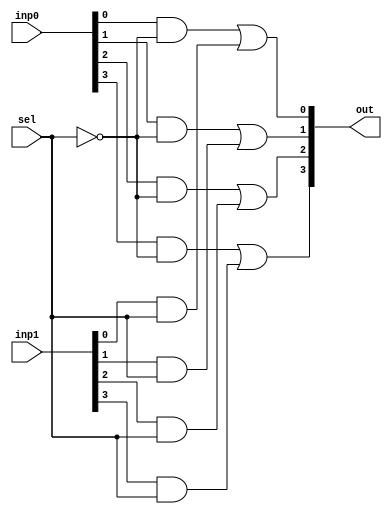
module Mux2x1_4bit (inp0, inp1, out, sel);
input [3:0] inp0;
input [3:0] inp1;
input sel;
output [3:0] out;

	wire selNot;
	not selNotGate (selNot, sel);

	wire [1:0] i;
	and andi0 (i[0], inp0[0], selNot);
	and andi1 (i[1], inp1[0], sel);
	or orOut0 (out[0], i[0], i[1]);

	wire [1:0] j;
	and andj0 (j[0], inp0[1], selNot);
	and andj1 (j[1], inp1[1], sel);
	or orOut1 (out[1], j[0], j[1]);

	wire [1:0] k;
	and andk0 (k[0], inp0[2], selNot);
	and andk1 (k[1], inp1[2], sel);
	or orOut2 (out[2], k[0], k[1]);

	wire [1:0] l;
	and andl0 (l[0], inp0[3], selNot);
	and andl1 (l[1], inp1[3], sel);
	or orOut3 (out[3], l[0], l[1]);

endmodule